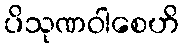
ပိသုဏဝါစေဟိ